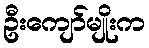
ဦးကျော်မျိုးက